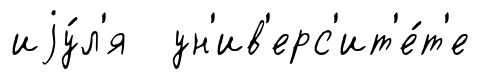
иjу́л'я ун'ив'ерс'ит'е́т'е